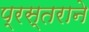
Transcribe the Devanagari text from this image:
प्रस्तराने